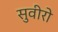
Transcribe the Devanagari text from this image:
सुवीरो